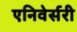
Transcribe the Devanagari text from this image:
एनिवेर्सरी